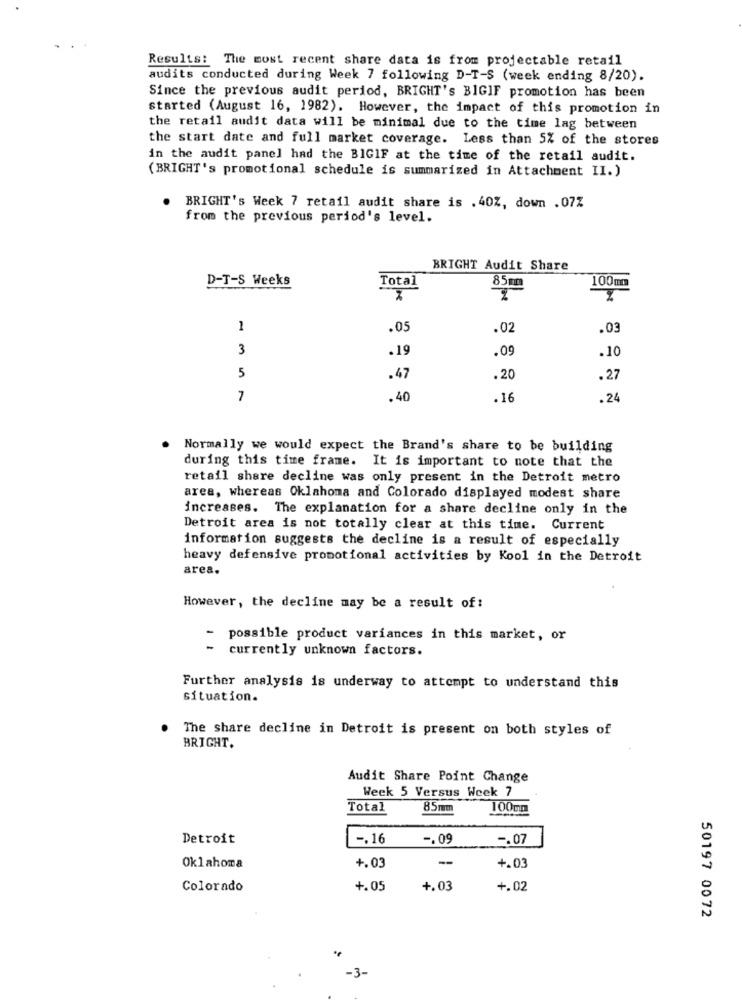
Results: The most recent share data is from projectable retail
audits conducted during Week 7 following D-T-S (week ending 8/20).
Since the previous audit period, BRIGHT's BIGIF promotion has been
started (August 16, 1982). However, the impact of this promotion in
the retail audit data will be minimal due to the time lag between
the start date and full market coverage. Less than 5% of the stores
in the audit panel had the BIGIF at the time of the retail audit.
(BRIGHT's promotional schedule is summarized in Attachment II.)
BRIGHT's Week 7 retail audit share is . 40Z, down . 07%
from the previous period's level.
BRIGHT Audit Share
D-T-S Weeks
Total
85m
100mm
1
.05
.02
.03
3
.19
.09
.10
5
.47
.20
.27
7
.40
.16
.24
Normally we would expect the Brand's share to be building
during this time frame. It is important to note that the
retail share decline was only present in the Detroit metro
area, whereas Oklahoma and Colorado displayed modest share
increases. The explanation for a share decline only in the
Detroit area is not totally clear at this time. Current
information suggests the decline is a result of especially
heavy defensive promotional activities by Kool in the Detroit
area.
However, the decline may be a result of:
- possible product variances in this market, or
currently unknown factors.
Further analysis is underway to attempt to understand this
situation.
. The share decline in Detroit is present on both styles of
BRIGHT.
Audit Share Point Change
Week 5 Versus Week 7
Total
85mm
100mm
Detroit
-. 16
-. 09
-. 07
--
Oklahoma
+.03
+.03
Colorado
+.05
+.03
+.02
50197 0072
-3-